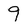
Character: 9